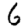
Digit: 6